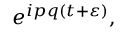
e ^ { i p q ( t + \varepsilon ) } ,